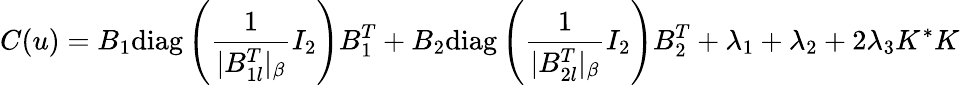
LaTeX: C(u)=B_{1}\textrm{diag}\left(\frac{1}{|B_{1l}^{T}|_{\beta}}I_{2}\right)B_{1}^{T}+B_{2}\textrm{diag}\left(\frac{1}{|B_{2l}^{T}|_{\beta}}I_{2}\right)B_{2}^{T}+\lambda_{1}+\lambda_{2}+2\lambda_{3}K^{*}K